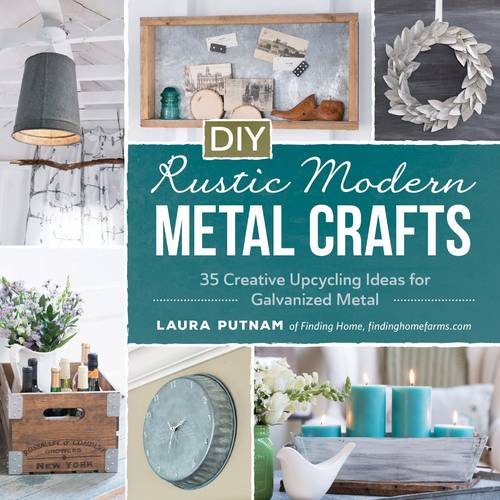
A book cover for DIY Rustic Modern Metal Crafts: 35 Creative Upcycling Ideas for Galvanized Metal; Laura Putnam; Crafts, Hobbies & Home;